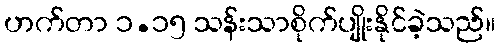
ဟက်တာ ၁.၁၅ သန်းသာစိုက်ပျိုးနိုင်ခဲ့သည်။